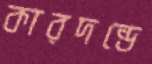
কারদন্ডে